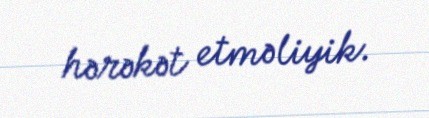
hərəkət etməliyik.